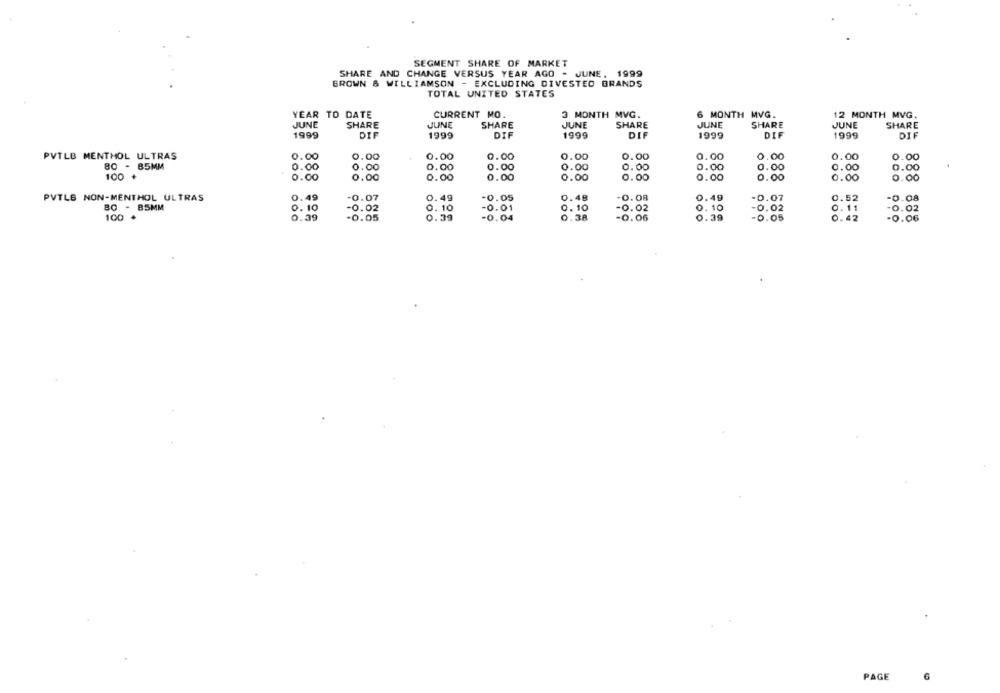
SEGMENT SHARE OF MARKET
SHARE AND CHANGE VERSUS YEAR AGO - JUNE, 1999
BROWN & WILLIAMSON - EXCLUDING DIVESTED BRANDS
TOTAL UNITED STATES
YEAR TO DATE
CURRENT MO.
3 MONTH MVG.
6 MONTH MVG.
12 MONTH MVG.
JUNE
SHARE
JUNE
SHARE
JUNE
SHARE
JUNE
SHARE
JUNE
SHARE
1999
DIF
1999
DIF
1999
DIF
1999
DIF
1999
DIF
PVTLB MENTHOL ULTRAS
0.00
0.00
0.00
0.00
0.00
0.00
0.00
0.00
0.00
0.00
80 - 85MM
0.00
0.00
0.00
0.00
0.00
0.00
0.00
0.00
0.00
0.00
100
0.00
0.00
0.00
0.00
0.00
0.00
0.00
0.00
0.00
.00
PVTLB NON-MENTHOL ULTRAS
0.49
-0.07
0.49
-0.05
0.48
-0.08
0.49
-0.07
0.52
-0.08
BO - BSMM
-0.02
0. 10
-0.01
0. 10
-0.02
0. 10
0.11
0.10
-0.02
- 0.02
100 +
0.39
-0.05
0.39
-0.04
0.38
-0.06
0.39
-0.05
0.42
-0.06
PAGE